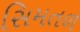
સિમતળ